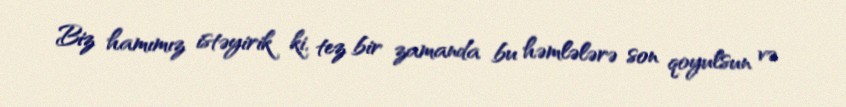
Biz hamımız istəyirik ki, tez bir zamanda bu həmlələrə son qoyulsun və